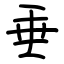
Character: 垂